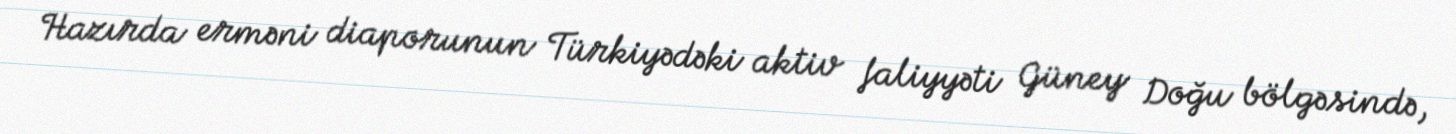
Hazırda erməni diaporunun Türkiyədəki aktiv faliyyəti Güney Doğu bölgəsində,